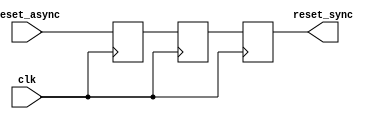
module async_reset_synchronizer (
    input wire reset_async,   // Asynchronous reset input
    input wire clk,           // Clock signal
    output reg reset_sync     // Synchronized reset output
);

// Internal signals for double-register synchronization
reg reset_sync_reg1;        // First stage of synchronization
reg reset_sync_reg2;        // Second stage of synchronization

// Always block triggered on the rising edge of the clock
always @(posedge clk) begin
    reset_sync_reg1 <= reset_async; // Sample the asynchronous reset
    reset_sync_reg2 <= reset_sync_reg1; // Double register synchronization
end

// Assign the synchronized reset output
always @(posedge clk) begin
    reset_sync <= reset_sync_reg2; // Output the synchronized reset
end

endmodule